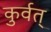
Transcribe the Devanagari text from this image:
कुर्वत्